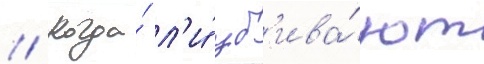
// Когда́ л'и́ уб'ива́ют